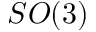
S O ( 3 )